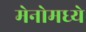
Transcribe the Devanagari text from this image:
मेनोमध्ये